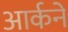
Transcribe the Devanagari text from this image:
आर्कने